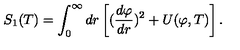
S _ { 1 } ( T ) = \int _ { 0 } ^ { \infty } d r \left[ ( { \frac { d \varphi } { d r } } ) ^ { 2 } + U ( \varphi , T ) \right] .